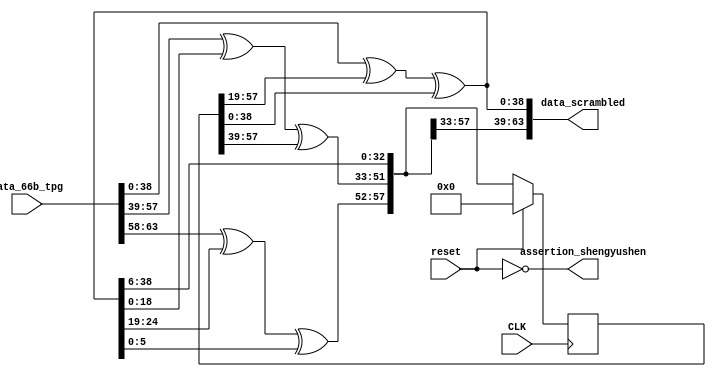
module scrambler(CLK,reset,data_66b_tpg,data_scrambled,assertion_shengyushen);
input [63:0] data_66b_tpg;
input CLK,reset;
output [63:0] data_scrambled;
output assertion_shengyushen;

  reg [57:0] data_prev;
  wire [57:0] data_prev_in;
  wire [38:0] data_scrambled_38_0;
  wire [18:0] data_scrambled_57_39;
  wire [5:0] data_scrambled_63_58;
//  wire [63:0] data_scrambled;

  assign data_scrambled_38_0  = data_66b_tpg[38:0]  ^ data_prev[57:19]           ^ data_prev[38:0]            ;
  assign data_scrambled_57_39 = data_66b_tpg[57:39] ^ data_scrambled_38_0[18:0]  ^ data_prev[57:39]           ;
  assign data_scrambled_63_58 = data_66b_tpg[63:58] ^ data_scrambled_38_0[24:19] ^ data_scrambled_38_0[5:0]   ;
  assign data_scrambled = {data_scrambled_63_58, data_scrambled_57_39, data_scrambled_38_0};

  assign data_prev_in = data_scrambled[63:6];

assign assertion_shengyushen=(reset==1'b0);

  always @(posedge CLK)
        data_prev <= (reset == 1'b1)?58'h0:data_prev_in;
endmodule